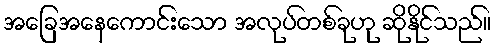
အခြေအနေကောင်းသော အလုပ်တစ်ခုဟု ဆိုနိုင်သည်။